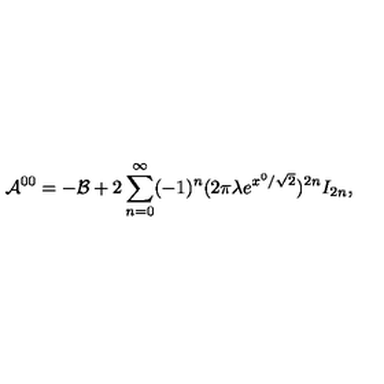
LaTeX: { \cal A } ^ { 0 0 } = - { \cal B } + 2 \sum _ { n = 0 } ^ { \infty } ( - 1 ) ^ { n } ( 2 \pi \lambda e ^ { x ^ { 0 } / \sqrt { 2 } } ) ^ { 2 n } I _ { 2 n } ,